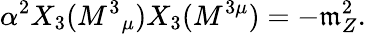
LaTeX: \alpha^{2}X_{3}(M^{3}{}_{\mu})X_{3}(M^{3\mu})=-\mathfrak{m}_{Z}^{2}.